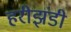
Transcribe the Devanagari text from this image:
हरीझंडी